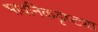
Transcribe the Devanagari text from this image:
भावनिकडृष्ट्या